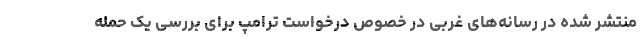
منتشر شده در رسانه‌های غربی در خصوص درخواست ترامپ برای بررسی یک حمله